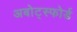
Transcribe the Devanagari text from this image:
अबोट्स्फोर्ड